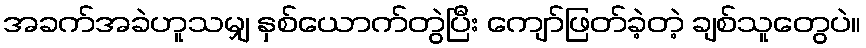
အခက်အခဲဟူသမျှ နှစ်ယောက်တွဲပြီး ကျော်ဖြတ်ခဲ့တဲ့ ချစ်သူတွေပဲ။